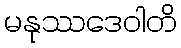
မနုဿဒေဝါတိ